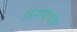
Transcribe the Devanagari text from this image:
विनोदचंद्र